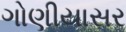
ગોણીયાસર